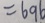
= 6 9 6